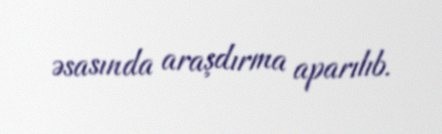
əsasında araşdırma aparılıb.